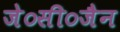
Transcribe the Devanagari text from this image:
जे०सी०जैन